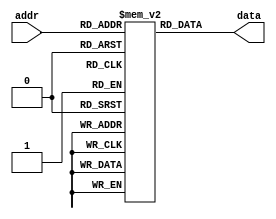
module im (
  input [11:2] addr,
  output [31:0] data
);

localparam MEM_SIZE = 1024;
reg [31:0] instr_mem [MEM_SIZE-1:0];

assign data = instr_mem[addr];
  
endmodule